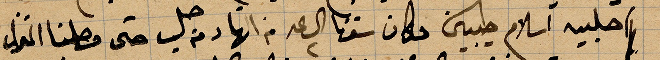
احلبية اسلام ... مكان .... حتى وصلنا المنزل